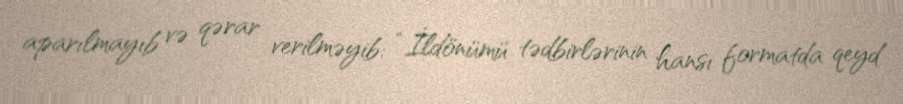
aparılmayıb və qərar verilməyib: “İldönümü tədbirlərinin hansı formatda qeyd